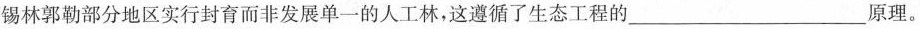
锡林郭勒部分地区实行封育而非发展单一的人工林，这遵循了生态工程的___原理。